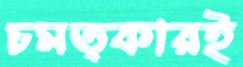
চমত্কারই